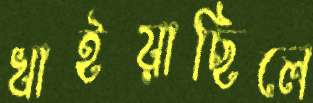
খাইয়াছিলে